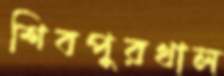
শিবপুরখাল